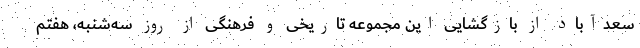
سعدآباد از بازگشایی این مجموعه تاریخی و فرهنگی از روز سه‌شنبه، هفتم